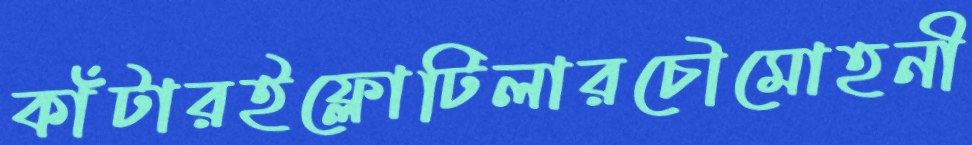
কাঁটারইফ্লোটিলারচৌমোহনী